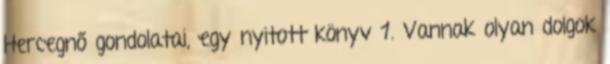
Hercegnő gondolatai, egy nyitott könyv 1. Vannak olyan dolgok